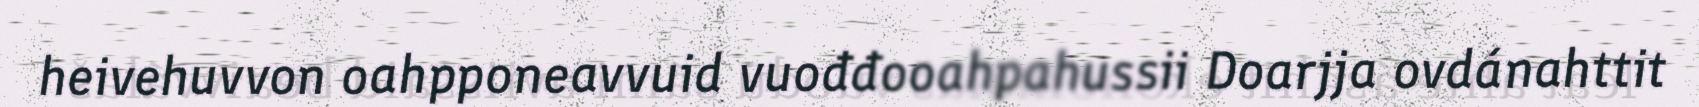
heivehuvvon oahpponeavvuid vuođđooahpahussii Doarjja ovdánahttit